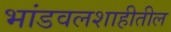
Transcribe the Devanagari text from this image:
भांडवलशाहीतील